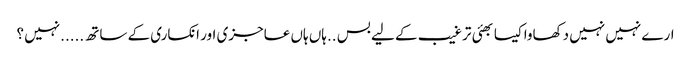
ارے نہیں نہیں دکھاوا کیسا بھئی ترغیب کے لیے بس ..ہاں ہاں عاجزی اور انکساری کے ساتھ .....نہیں ؟